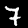
Label: 7